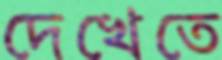
দেখেতে